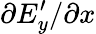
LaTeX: \partial E_{y}^{\prime}/\partial x